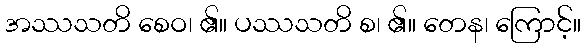
အဿသတိ စေဝ၊ ၏။ ပဿသတိ စ၊ ၏။ တေန၊ ကြောင့်။